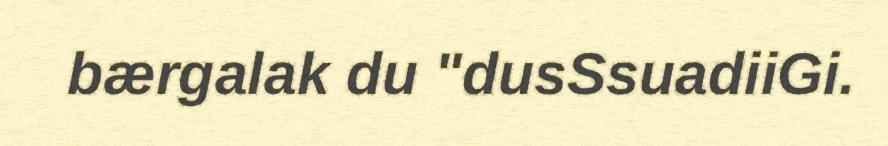
bærgalak du "dusSsuadiiGi.